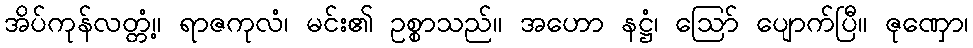
အိပ်ကုန်လတ္တံ့။ ရာဇကုလံ၊ မင်း၏ ဥစ္စာသည်။ အဟော နဋ္ဌံ၊ ဩော် ပျောက်ပြီ။ ဇုဏှော၊